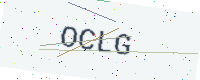
Text: OCLG